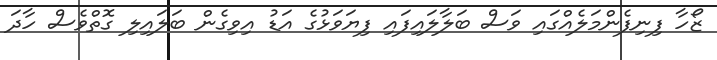
ޒޯހާ ފިނިފެންމަލެއްގައި ވަސް ބަލާލައިފައި ފިޔަވަޅުގެ އަޑު އިވިގެން ބަލައިލި ގޮތްވެސް ހާދަ